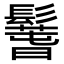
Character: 𩯐